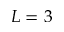
L = 3